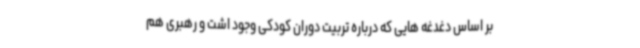
بر اساس دغدغه هایی که درباره تربیت دوران کودکی وجود اشت و رهبری هم